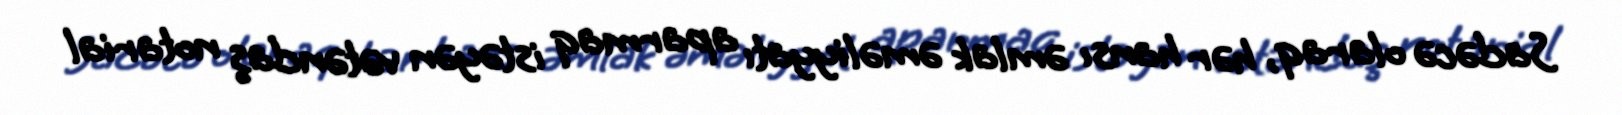
Sadəcə olaraq, hər hansı əmlak əməliyyatı aparmaq istəyən vətəndaş notarial